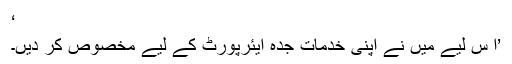
‘
’ا س لیے میں نے اپنی خدمات جدہ ایئرپورٹ کے لیے مخصوص کر دیں۔